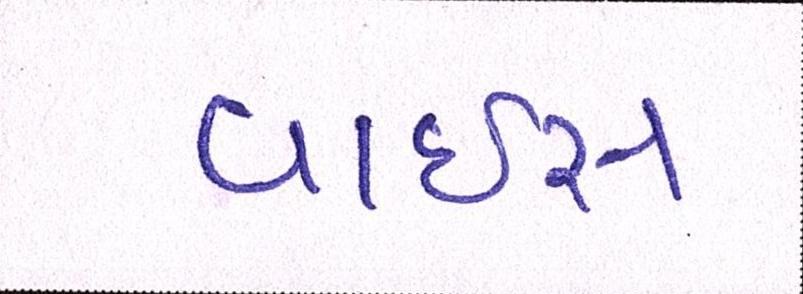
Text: વાઈસ